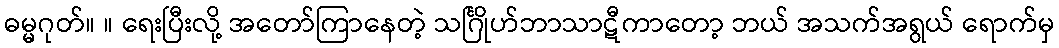
ဓမ္မဂုတ်။ ။ ရေးပြီးလို့ အတော်ကြာနေတဲ့ သင်္ဂြိုဟ်ဘာသာဋီကာတော့ ဘယ် အသက်အရွယ် ရောက်မှ